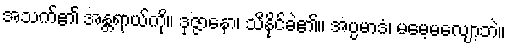
အသက်၏ အန္တရာယ်ကို။ ဒုဇ္ဇာနော၊ သိနိုင်ခဲ၏။ အပ္ပမာဒံ၊ မမေ့မလျော့ဘဲ။